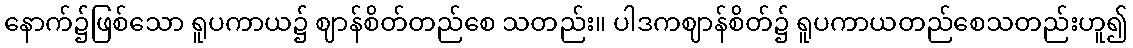
နောက်၌ဖြစ်သော ရူပကာယ၌ ဈာန်စိတ်တည်စေ သတည်း။ ပါဒကဈာန်စိတ်၌ ရူပကာယတည်စေသတည်းဟူ၍